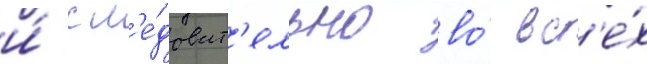
и́ сл'е́доват'ельно во́ вс'е́х